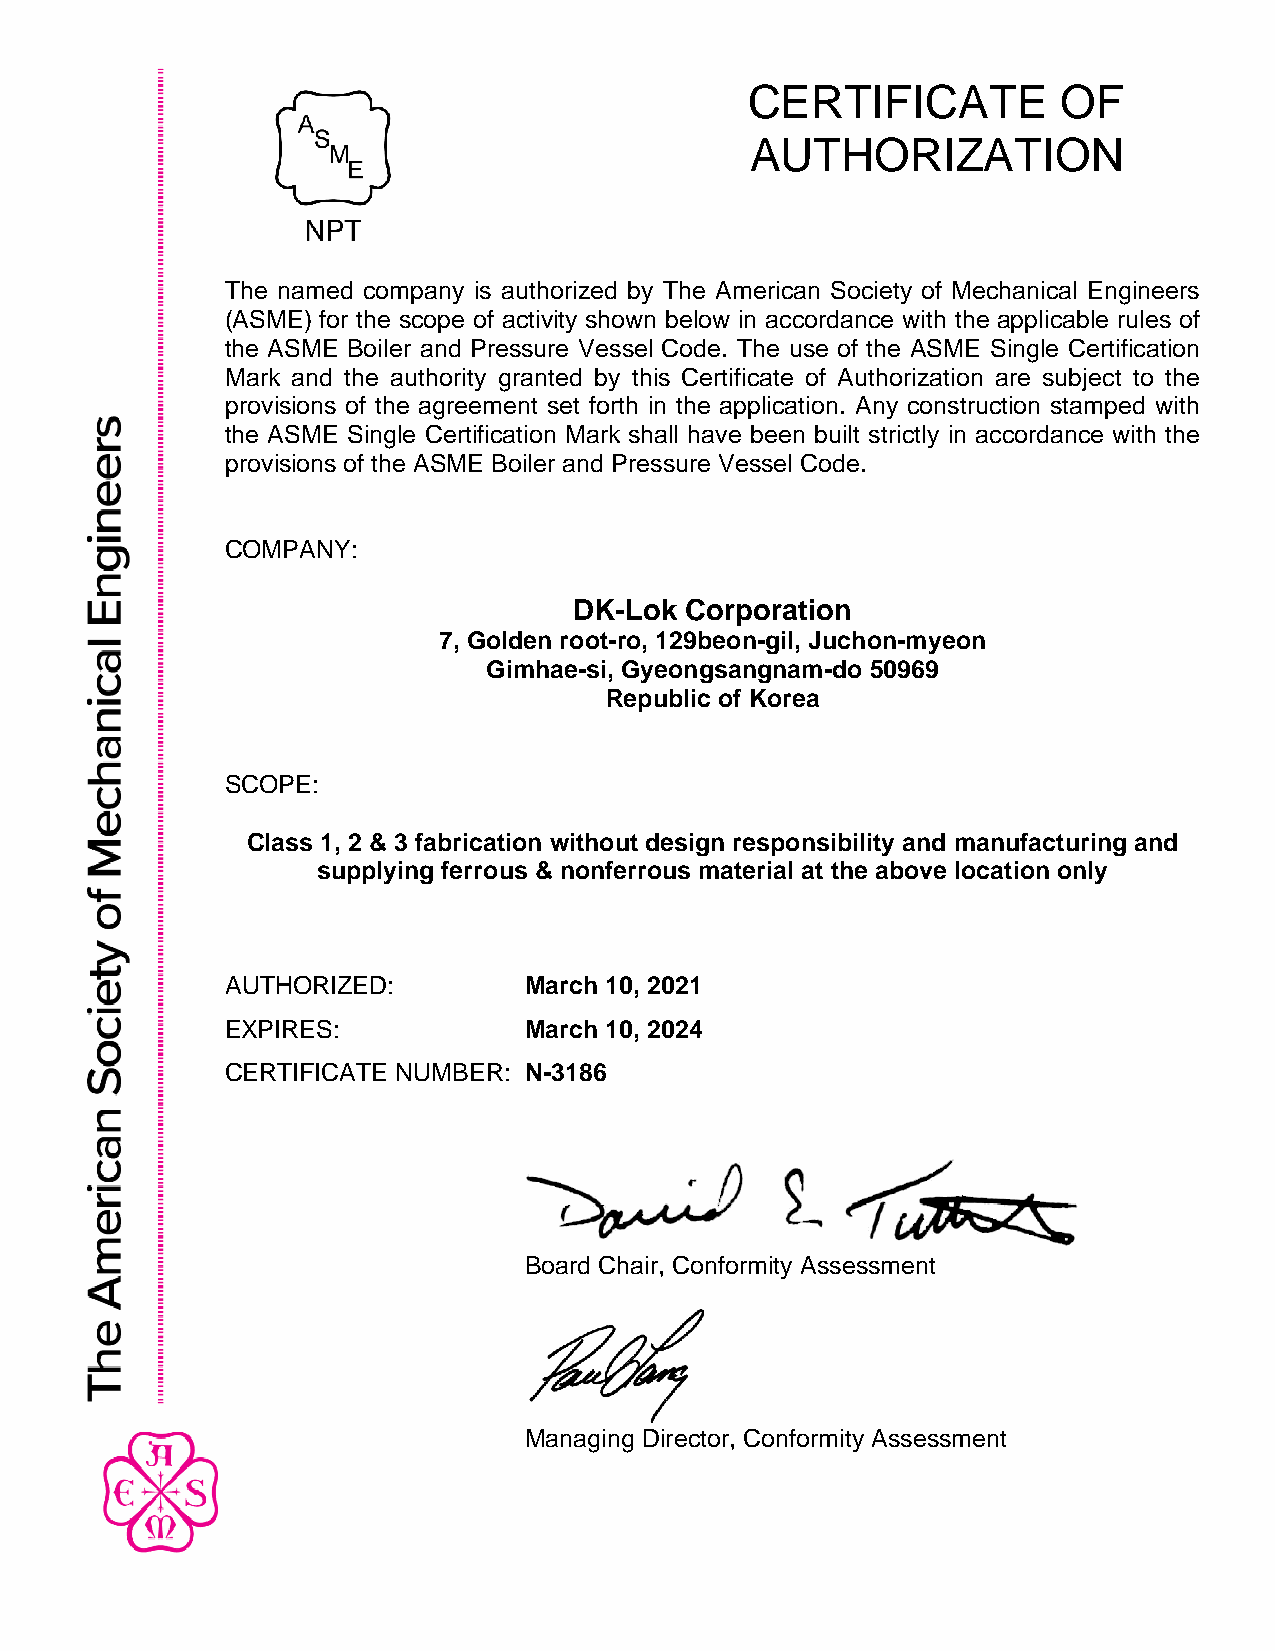
CERTIFICATE         OF
 AUTHORIZATION
 The named company is authorized by The American Society of Mechanical Engineers
 (ASME) for the scope of activity shown below in accordance with the applicable rules of
 the ASME Boiler and Pressure Vessel Code. The use of the ASME Single Certification
 Mark and the authority granted by this Certificate of Authorization are subject to the
 provisions of the agreement set forth in the application. Any construction stamped with
 the ASME Single Certification Mark shall have been built strictly in accordance with the
 provisions of the ASME Boiler and Pressure Vessel Code.
 COMPANY:
 DK-Lok Corporation
 7, Golden root-ro, 129beon-gil, Juchon-myeon
 Gimhae-si, Gyeongsangnam-do 50969
 Republic of Korea
 SCOPE:
 Class 1, 2 & 3 fabrication without design responsibility and manufacturing and
 supplying ferrous & nonferrous material at the above location only
 AUTHORIZED:         March 10, 2021
 EXPIRES:            March 10, 2024
 CERTIFICATE NUMBER: N-3186
 Board Chair, Conformity Assessment
 Managing Director, Conformity Assessment